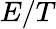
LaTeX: E/T